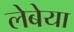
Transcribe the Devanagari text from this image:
लेबेया